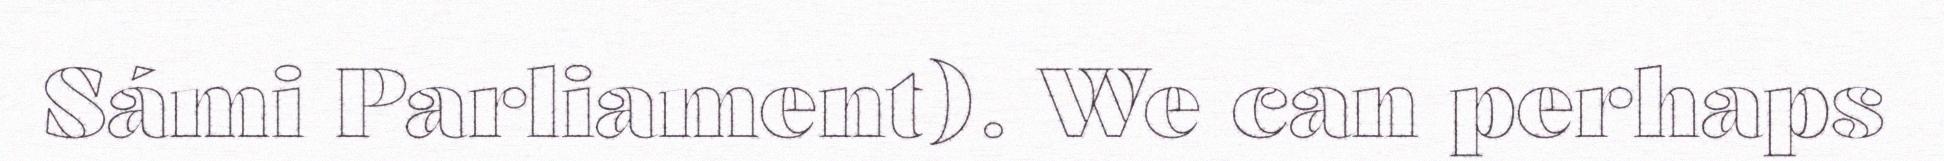
Sámi Parliament). We can perhaps